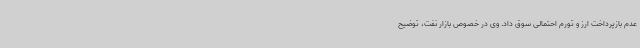
عدم بازپرداخت ارز و تورم احتمالی سوق داد. وی در خصوص بازار نفت، توضیح